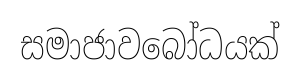
සමාජාවබෝධයක්